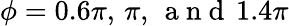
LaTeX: \phi=0.6\pi,\, \pi,\, \mathrm{~a~n~d~}\, 1.4\pi